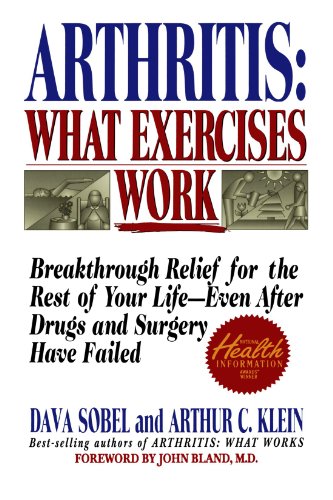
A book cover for Arthritis: What Exercises Work: Breakthrough Relief For The Rest Of Your Life, Even After Drugs & Surgery Have Failed; Dava Sobel; Health, Fitness & Dieting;